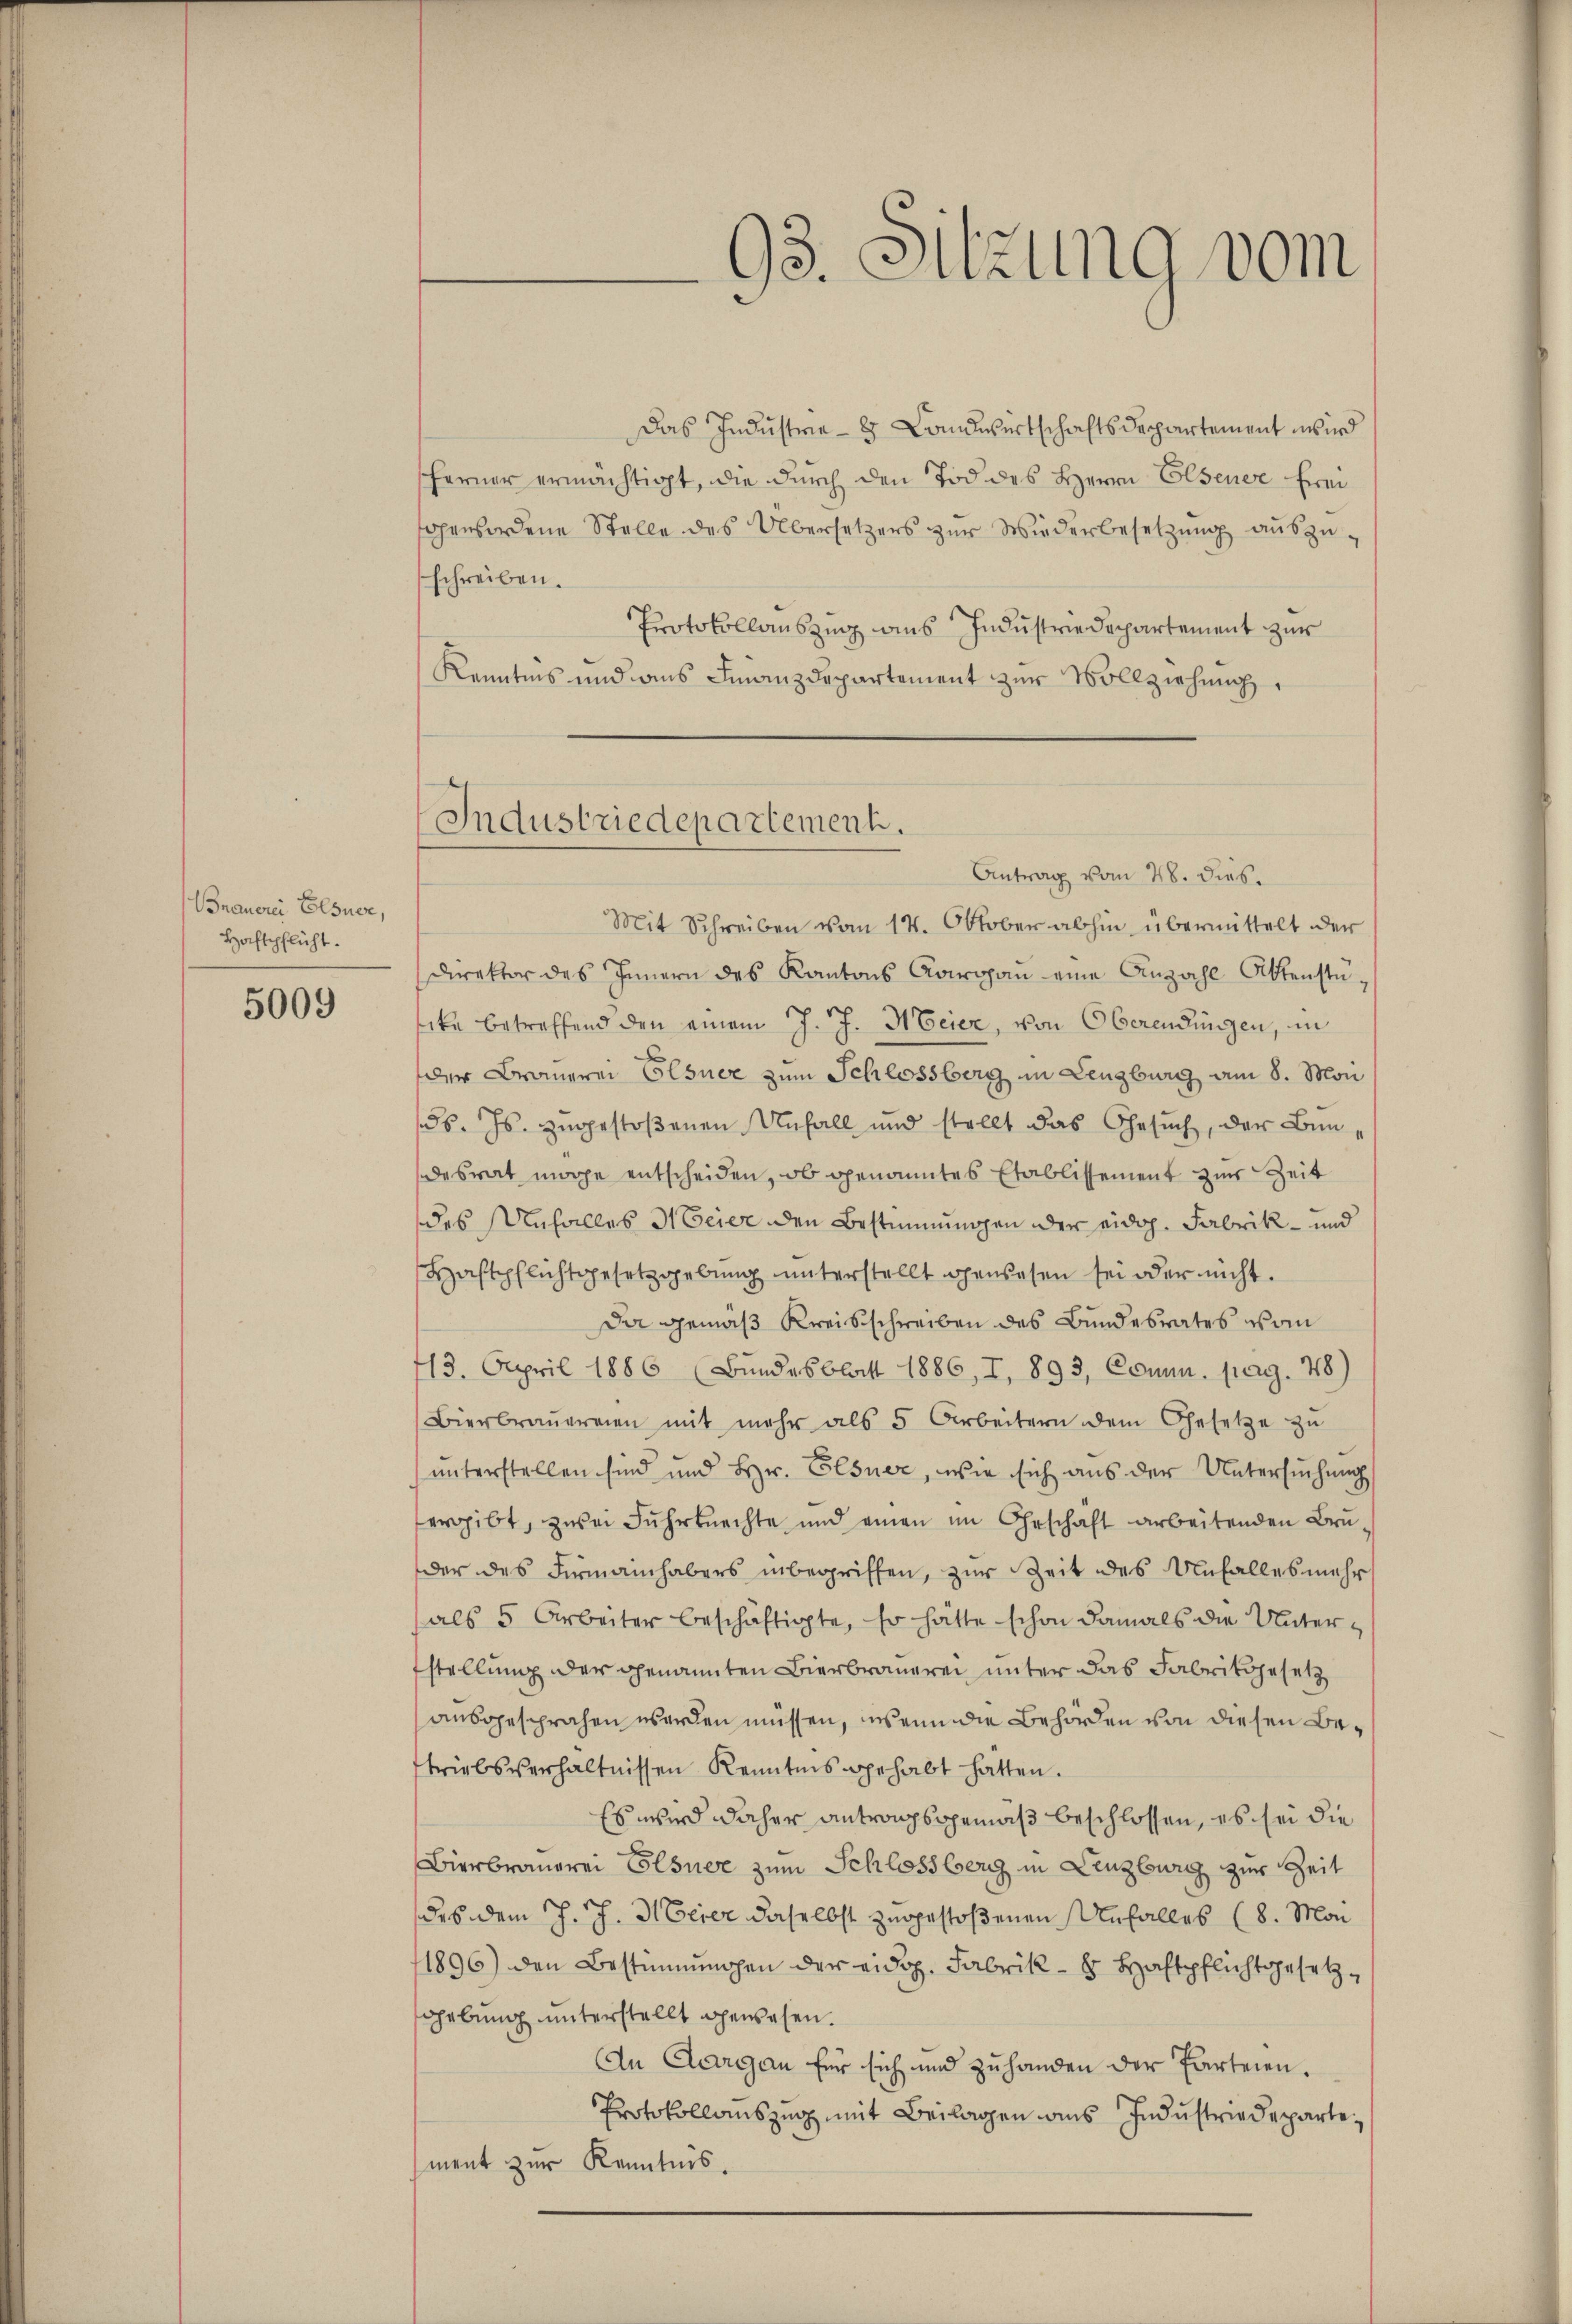
Brauerei Elsner,
Haftpflicht.

5009

Das Industrie 3 Landwirtschaftsdeppartement wird
ferner ermächtigt, die durch den Tod des Herrn Elsener Freigewordene Stelle des Übersetzers zur Wiederbesetzung auszuschreiben.
Protokollauszug aus Industrie Departement zur
Kenntnis und ans Finanzdepartement zur Vollziehung
Antrag vom 28. dies.
Mit Schreiben vom 14. Oktober abhin übermittelt der
Direktor des Innern des Kantons Aargaŭ eine Anzahl Aktenstaike betreffend den einem J. J. Meier, von Oberendungen, in
der Brauerei Elsuer zum Schlossberg in Lenzburg am 8. Mon
d. Js. zugestoßenen Unfall und stellt das Gesuch, der Bundesrat möge entscheiden, ob genanntes Etablissement zur Zeit
des Unfalles Meier den Bestimmungen der eid. Fabrik- und
Haftpflichtgesetzgebung unterstellt gewesen sei oder nicht.
Da gemäß Kreisschreiben des Bundesrates vom
713. April 1886 (Bundesblatt 1886, I, 893, Connu, pag. 48)
Bierbraŭereien mit mehr als 5 Arbeitern dem Gesetze zŭ
unterstellen sind und Hr. Elsner, wie sich aus der Untersuchung
ergibt, zwei Fuhrknechte und einen im Geschaft arbeitenden Bruder des Firmainhabers inbegriffen, zur Zeit des Unfalles mehr
als 5 Arbeiter beschäftigte, so hätte schon damals die Unterfstellung der genannten Bierbrauerei unter das Fabrikgesetz
ausgesprochen werden müssen, wenn die Behörden von diesen Betriebsverhältnissen Kenntnis gehabt hatten.
Es wird daher antragsgemäß beschlossen, es sei die
Bierbrauerei Elsuee zum Schlossberg in Lenzburg zur Zeit
des dem J. J. Meier daselbst zugestoßenen Unfalles (8. Man
1896) den Bestimmungen der eidg. Fabrik- 8 Haftpflichtgesetzgebung unterstellt gewesen.
An Aargau für sich und zŭ handen der Parteien.
Protokollauszug mit Beilagen aus Industriedepartement zur Kenntnis.

Industriedepartement.

93. Sitzung vom